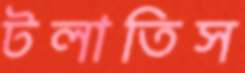
টলাতিস